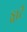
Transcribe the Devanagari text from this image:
ड्वार्टे